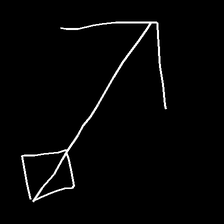
Glyph: focus